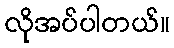
လိုအပ်ပါတယ်။